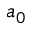
a _ { 0 }